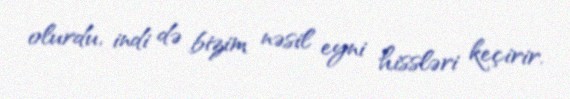
olurdu, indi də bizim nəsil eyni hissləri keçirir.